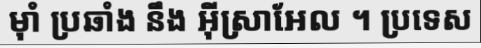
ម៉ាំ ប្រឆាំង នឹង អ៊ីស្រាអែល ។ ប្រទេស